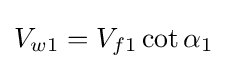
V_{w1}=V_{f1}\cot \alpha _{1}